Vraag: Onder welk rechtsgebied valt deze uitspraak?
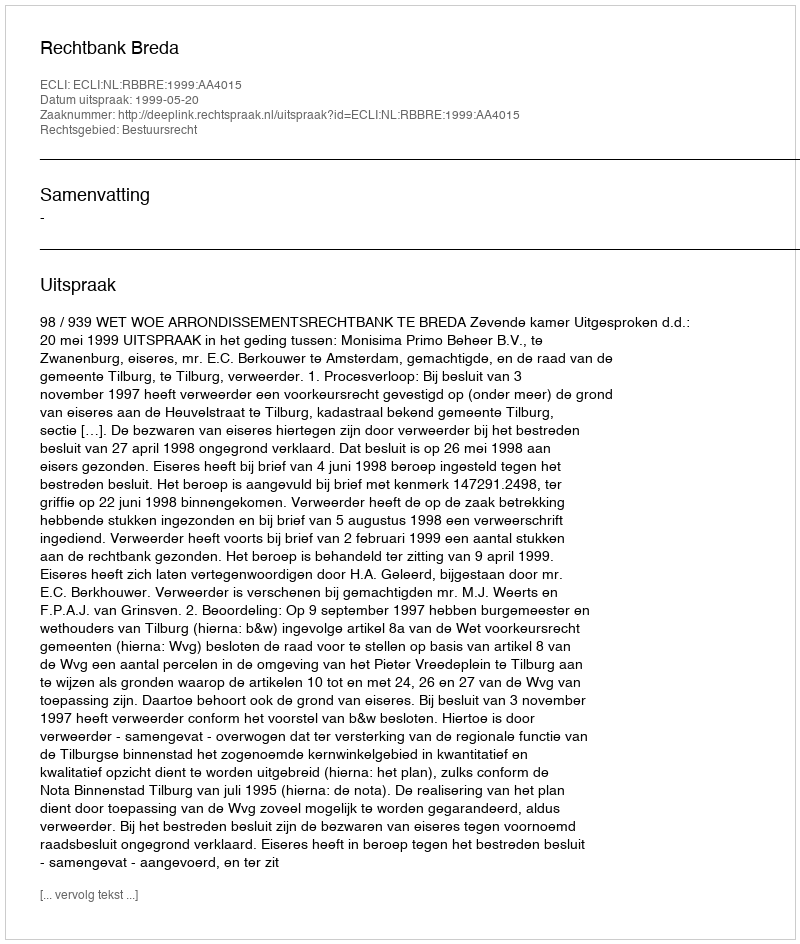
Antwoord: Bestuursrecht